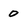
Character: 0